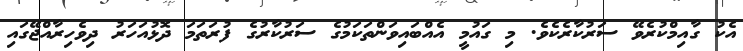
އެކު ގާއިމްކުރެވޭ ސަރުކާރެކެވެ. މި ގައުމީ އެއްބައިވަންތަކަމުގެ ސަރުކާރުގެ ފުރަތަމަ ދޮޅުއަހަރު ދިވެހިރާއްޖޭގައި